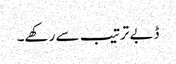
ڈبے ترتیب سے رکھے۔